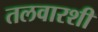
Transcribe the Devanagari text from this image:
तलवारशी